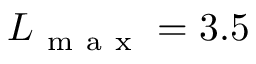
L _ { \mathrm { ~ m ~ a ~ x ~ } } = 3 . 5